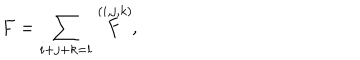
F = \sum _ { i + j + k = l } \stackrel { ( i , j , k ) } { F } ,